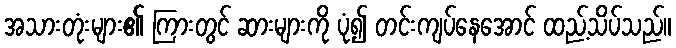
အသားတုံးများ၏ ကြားတွင် ဆားများကို ပုံ၍ တင်းကျပ်နေအောင် ထည့်သိပ်သည်။